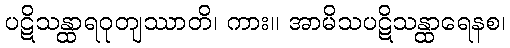
ပဋိသန္ထာရဝုတျဿာတိ၊ ကား။ အာမိသပဋိသန္ထာရေနစ၊